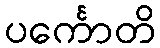
ပင်္ကောတိ